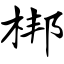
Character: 梆